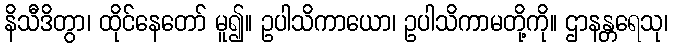
နိသီဒိတွာ၊ ထိုင်နေတော် မူ၍။ ဥပါသိကာယော၊ ဥပါသိကာမတို့ကို။ ဌာနန္တရေသု၊